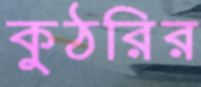
কুঠরির